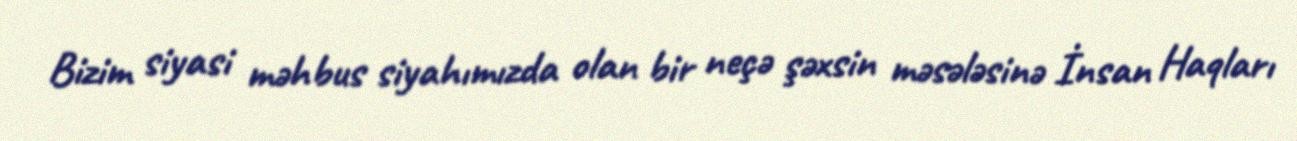
Bizim siyasi məhbus siyahımızda olan bir neçə şəxsin məsələsinə İnsan Haqları